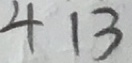
4 1 3